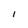
Character: I